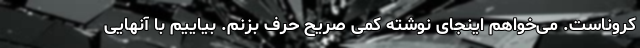
کروناست. می‌خواهم اینجای نوشته کمی صریح حرف بزنم. بیاییم با آنهایی